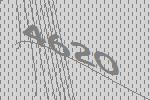
4620